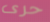
حرى